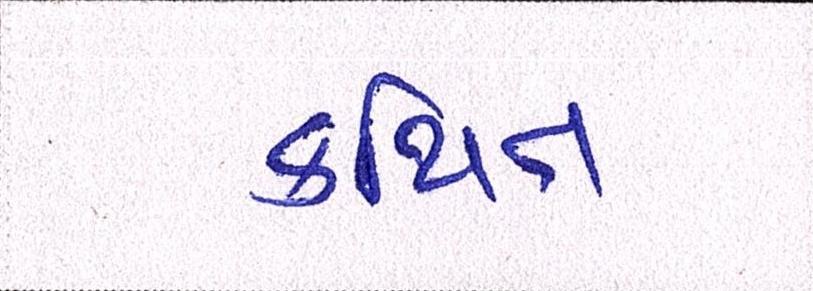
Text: કથિત